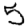
Digit: 5